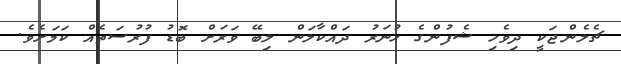
ޗެލެންޖަކީ ދިވެހި ޝެފުންގެ ހުނަރު ދައްކާލަން ލިބޭ ވަރަށް ބޮޑު ފުރުސަތެއް ކަަމަށެވެ.